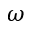
\omega